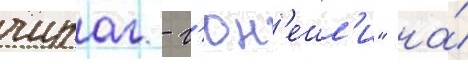
чираг - г'юн'ешл'и" на́